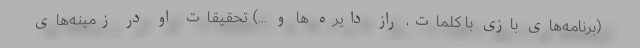
(برنامه‌های بازی با کلمات، راز دایره ها و ...) تحقیقات او در زمینه‌های